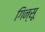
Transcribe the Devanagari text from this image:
गिन्सू